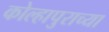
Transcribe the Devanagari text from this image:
कोल्हापुराच्या